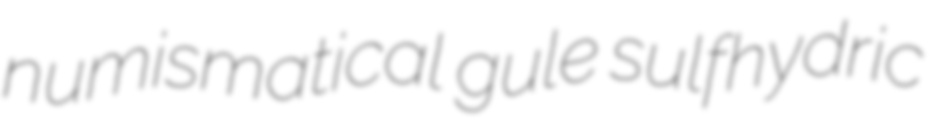
numismatical gule sulfhydric